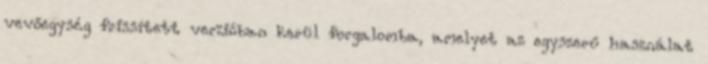
vevőegység frissített verzióban kerül forgalomba, amelyet az egyszerű használat